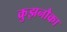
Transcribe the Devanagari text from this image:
क्रुझनौका